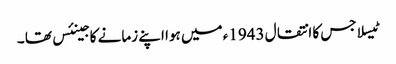
ٹیسلا جس کا انتقال 1943ء میں ہوا اپنے زمانے کا جینئس تھا ۔